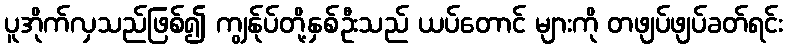
ပူအိုက်လှသည်ဖြစ်၍ ကျွန်ုပ်တို့နှစ်ဦးသည် ယပ်တောင် များကို တဖျပ်ဖျပ်ခတ်ရင်း